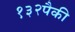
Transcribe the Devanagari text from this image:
१३२पैकी